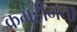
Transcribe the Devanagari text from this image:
क्रमहीनता